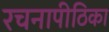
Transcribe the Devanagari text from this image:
रचनापीठिका